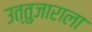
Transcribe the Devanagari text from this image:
उत्तुजाराला